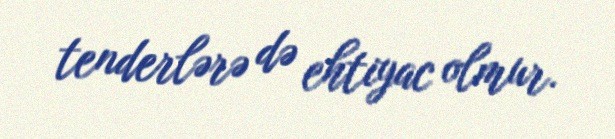
tenderlərə də ehtiyac olmur.